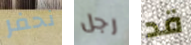
نحفر رجل قد